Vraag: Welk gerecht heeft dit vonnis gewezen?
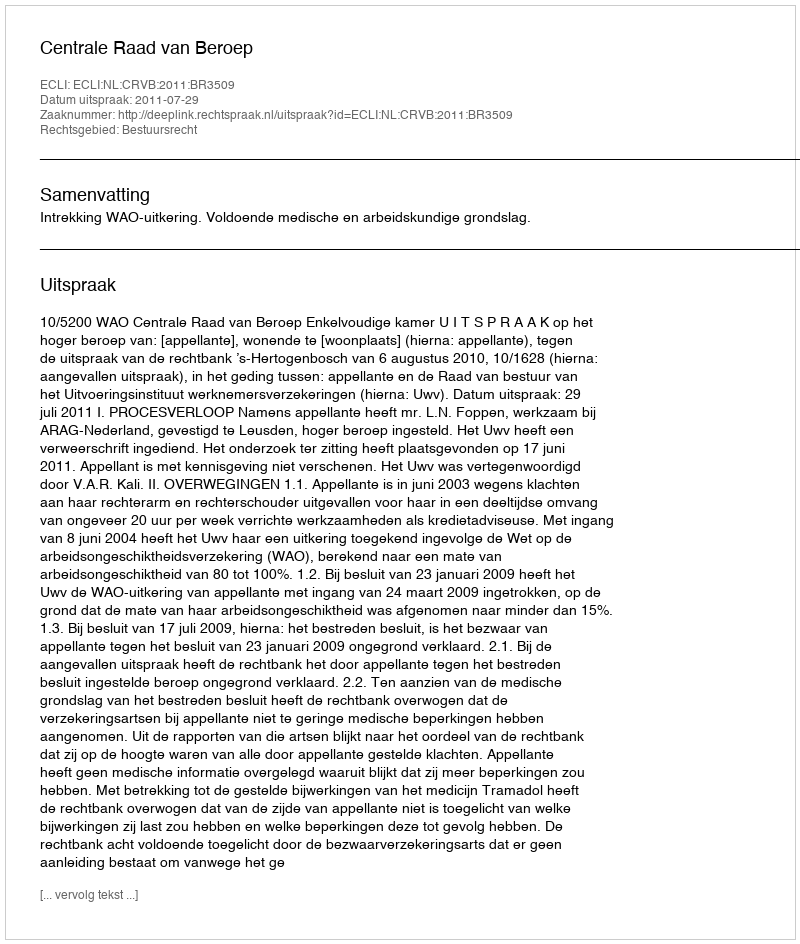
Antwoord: Centrale Raad van Beroep